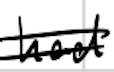
Text: had
Cross-out: double-line
Writing tool: digital_black